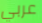
عربي